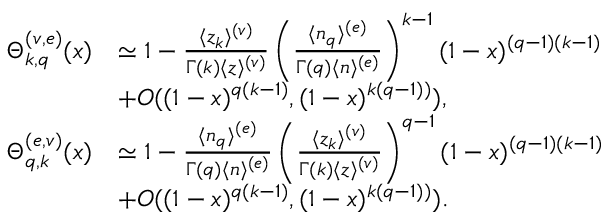
\begin{array} { r l } { \Theta _ { k , q } ^ { ( v , e ) } ( x ) } & { \simeq 1 - { \frac { \langle z _ { k } \rangle ^ { ( v ) } } { \Gamma ( k ) \langle z \rangle ^ { ( v ) } } } \left( { \frac { \langle n _ { q } \rangle ^ { ( e ) } } { \Gamma ( q ) \langle n \rangle ^ { ( e ) } } } \right) ^ { k - 1 } ( 1 - x ) ^ { ( q - 1 ) ( k - 1 ) } } \\ & { + O ( ( 1 - x ) ^ { q ( k - 1 ) } , ( 1 - x ) ^ { k ( q - 1 ) ) } ) , } \\ { \Theta _ { q , k } ^ { ( e , v ) } ( x ) } & { \simeq 1 - { \frac { \langle n _ { q } \rangle ^ { ( e ) } } { \Gamma ( q ) \langle n \rangle ^ { ( e ) } } } \left( { \frac { \langle z _ { k } \rangle ^ { ( v ) } } { \Gamma ( k ) \langle z \rangle ^ { ( v ) } } } \right) ^ { q - 1 } ( 1 - x ) ^ { ( q - 1 ) ( k - 1 ) } } \\ & { + O ( ( 1 - x ) ^ { q ( k - 1 ) } , ( 1 - x ) ^ { k ( q - 1 ) ) } ) . } \end{array}